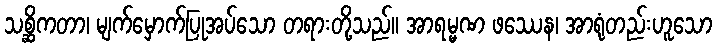
သစ္ဆိကတာ၊ မျက်မှောက်ပြုအပ်သော တရားတို့သည်။ အာရမ္မဏ ဖဿေန၊ အာရုံတည်းဟူသော